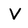
Character: V